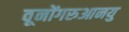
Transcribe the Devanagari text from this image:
वूनोंगरुआनयु